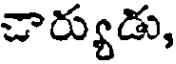
చార్యుడు,